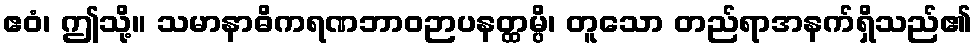
ဧဝံ၊ ဤသို့။ သမာနာဓိကရဏဘာဝဉာပနတ္ထမ္ပိ၊ တူသော တည်ရာအနက်ရှိသည်၏